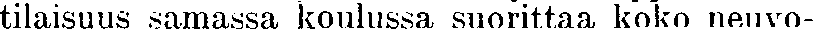
tilaisuus samassa koulussa suorittaa koko neuvo-